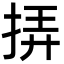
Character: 挵